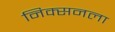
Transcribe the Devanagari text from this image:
निक्सनला